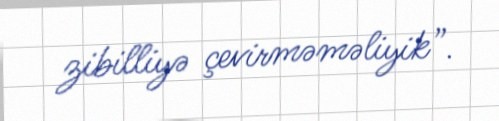
zibilliyə çevirməməliyik”.